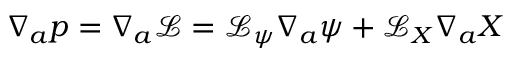
\nabla _ { a } p = \nabla _ { a } \mathcal { L } = \mathcal { L } _ { \psi } \nabla _ { a } \psi + \mathcal { L } _ { X } \nabla _ { a } X